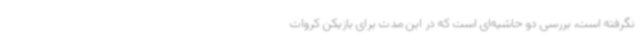
نگرفته است، بررسی دو حاشیه‌ای است که در این مدت برای بازیکن کروات